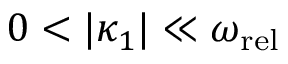
0 < | \kappa _ { 1 } | \ll \omega _ { \mathrm { r e l } }